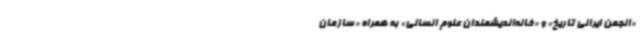
«انجمن ایرانی تاریخ» و «خانه‌اندیشمندان علوم انسانی» به همراه «سازمان